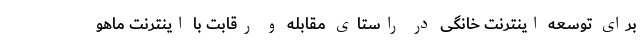
برای توسعه اینترنت خانگی در راستای مقابله و رقابت با اینترنت ماهو